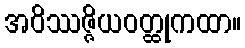
အဝိဿဇ္ဇိယဝတ္ထုကထာ။